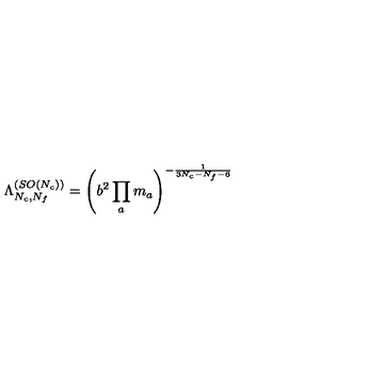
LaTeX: { \Lambda _ { N _ { c } , N _ { f } } ^ { ( S O ( N _ { c } ) ) } } = \left( b ^ { 2 } \prod _ { a } m _ { a } \right) ^ { - { \frac { 1 } { 3 N _ { c } - N _ { f } - 6 } } }